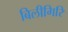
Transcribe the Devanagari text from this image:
बिलीगिरि